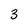
Character: 3